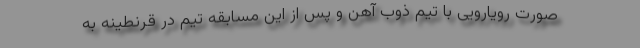
صورت رویارویی با تیم ذوب آهن و پس از این مسابقه تیم در قرنطینه به